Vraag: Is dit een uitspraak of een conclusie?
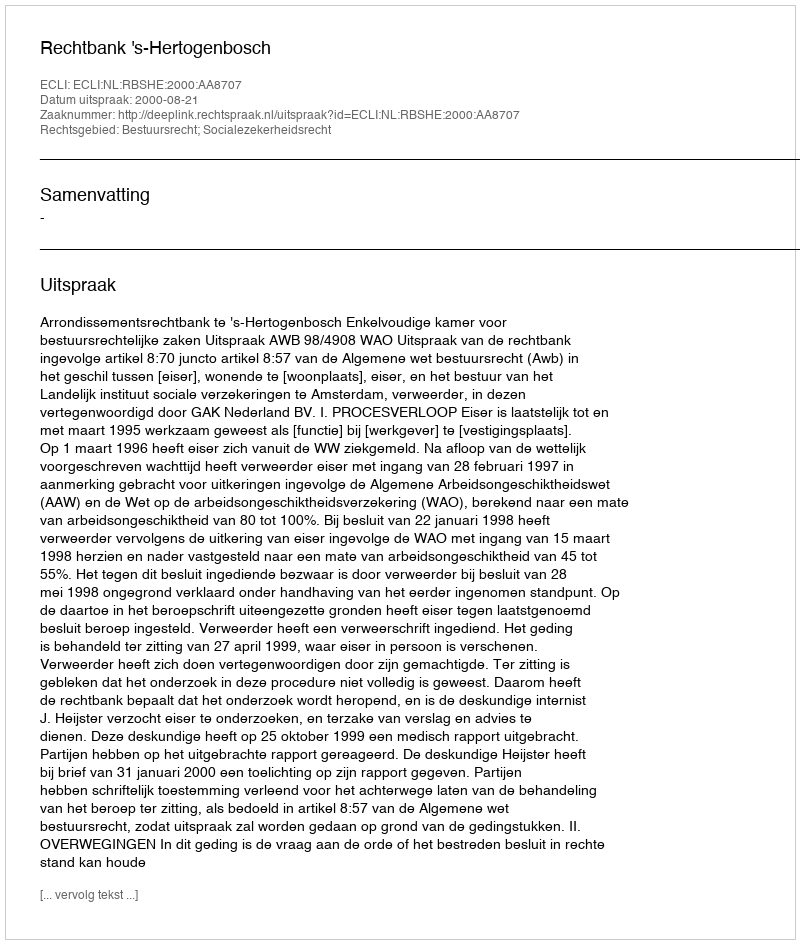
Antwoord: Uitspraak